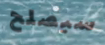
سيصلح